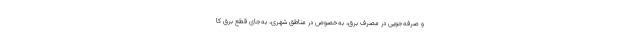
و صرفه‌جویی در مصرف برق، به‌خصوص در مناطق شهری، به‌جای قطع برق کا